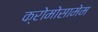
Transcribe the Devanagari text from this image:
क्रोमोसामेम